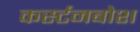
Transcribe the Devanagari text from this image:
कर्स्‍टनबोश